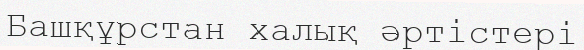
Башқұрстан халық әртістері